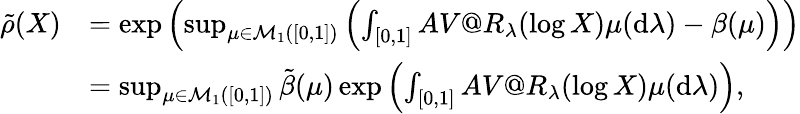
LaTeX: \begin{array}{rl}{\tilde{\rho}(X)}&{=\exp\left(\operatorname*{sup}_{\mu\in\mathcal{M}_{1}([0,1])}\left(\int_{[0,1]}AV@R_{\lambda}(\log X)\mu(\mathrm{d}\lambda)-\beta(\mu)\right)\right)}\\ &{=\operatorname*{sup}_{\mu\in\mathcal{M}_{1}([0,1])}\tilde{\beta}(\mu)\exp\left(\int_{[0,1]}AV@R_{\lambda}(\log X)\mu(\mathrm{d}\lambda)\right),}\end{array}